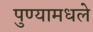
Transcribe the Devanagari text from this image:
पुण्यामधले